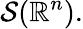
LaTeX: {\mathcal{S}}(\mathbb{R}^{n}).